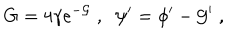
LaTeX: G = 4 \gamma e ^ { - { \cal G } } \; , \; \; \psi ^ { \prime } = \phi ^ { \prime } - { \cal G } ^ { \prime } \; ,